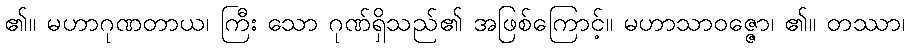
၏။ မဟာဂုဏတာယ၊ ကြီး သော ဂုဏ်ရှိသည်၏ အဖြစ်ကြောင့်။ မဟာသာဝဇ္ဇော၊ ၏။ တဿာ၊